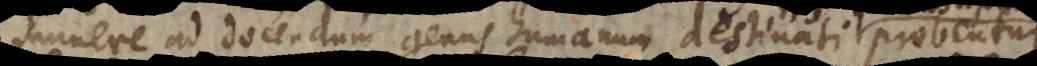
unere ad docendum genus humanum destinati, probentur.